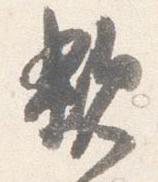
親